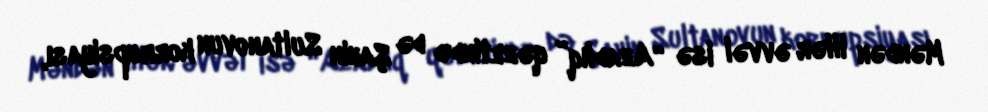
Məndən illər əvvəl isə “Azadlıq” qəzetində də Şahin Sultanovun korrupsiyası,